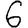
Digit: 6